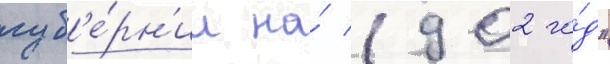
губ'е́рн'ии на́ 1902 го́д"